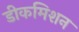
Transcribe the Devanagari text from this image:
डीकमिशन